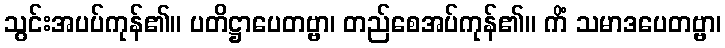
သွင်းအပပ်ကုန်၏။ ပတိဋ္ဌာပေတဗ္ဗာ၊ တည်စေအပ်ကုန်၏။ ကိံ သမာဒပေတဗ္ဗာ၊